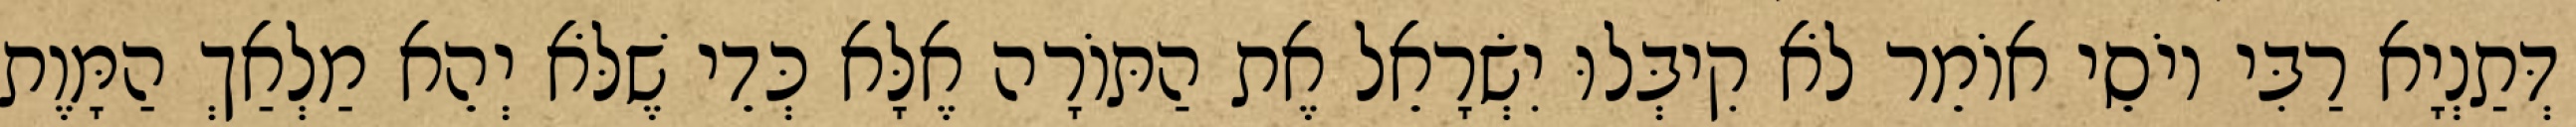
דְּתַנְיָא רַבִּי יוֹסֵי אוֹמֵר לֹא קִיבְּלוּ יִשְׂרָאֵל אֶת הַתּוֹרָה אֶלָּא כְּדֵי שֶׁלֹּא יְהֵא מַלְאַךְ הַמָּוֶת